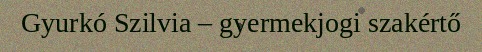
Gyurkó Szilvia – gyermekjogi szakértő